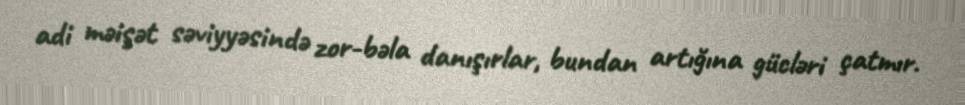
adi məişət səviyyəsində zor-bəla danışırlar, bundan artığına gücləri çatmır.